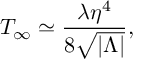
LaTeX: T _ { \infty } \simeq { \frac { \lambda \eta ^ { 4 } } { 8 \sqrt { | \Lambda | } } } ,